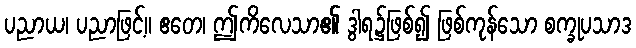
ပညာယ၊ ပညာဖြင့်။ ဧတေ၊ ဤကိလေသာ၏ ဒွါရ၌ဖြစ်၍ ဖြစ်ကုန်သော စက္ခုပသာဒ